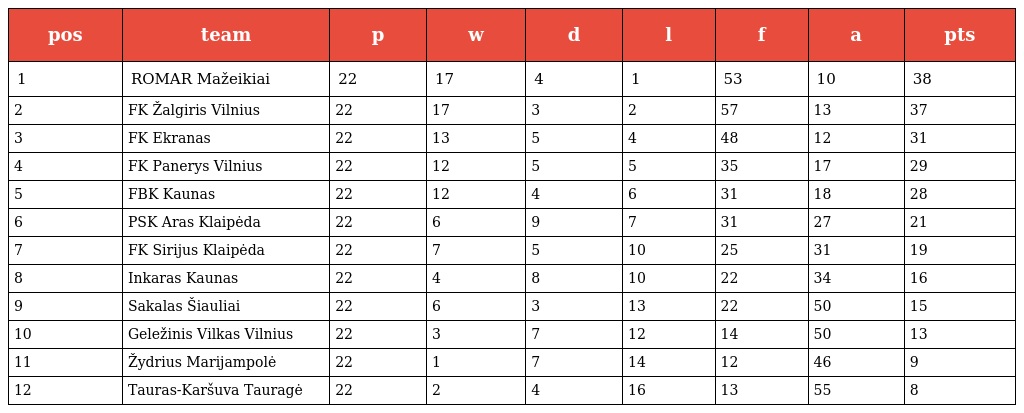
| pos | team | p | w | d | l | f | a | pts |
 | --- | --- | --- | --- | --- | --- | --- | --- | --- |
 | 1 | ROMAR Mažeikiai | 22 | 17 | 4 | 1 | 53 | 10 | 38 |
 | 2 | FK Žalgiris Vilnius | 22 | 17 | 3 | 2 | 57 | 13 | 37 |
 | 3 | FK Ekranas | 22 | 13 | 5 | 4 | 48 | 12 | 31 |
 | 4 | FK Panerys Vilnius | 22 | 12 | 5 | 5 | 35 | 17 | 29 |
 | 5 | FBK Kaunas | 22 | 12 | 4 | 6 | 31 | 18 | 28 |
 | 6 | PSK Aras Klaipėda | 22 | 6 | 9 | 7 | 31 | 27 | 21 |
 | 7 | FK Sirijus Klaipėda | 22 | 7 | 5 | 10 | 25 | 31 | 19 |
 | 8 | Inkaras Kaunas | 22 | 4 | 8 | 10 | 22 | 34 | 16 |
 | 9 | Sakalas Šiauliai | 22 | 6 | 3 | 13 | 22 | 50 | 15 |
 | 10 | Geležinis Vilkas Vilnius | 22 | 3 | 7 | 12 | 14 | 50 | 13 |
 | 11 | Žydrius Marijampolė | 22 | 1 | 7 | 14 | 12 | 46 | 9 |
 | 12 | Tauras-Karšuva Tauragė | 22 | 2 | 4 | 16 | 13 | 55 | 8 |